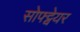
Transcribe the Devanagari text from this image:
सोफ्ट्वेयर